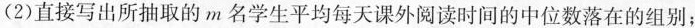
(2)直接写出所抽取的 m 名学生平均每天课外阅读时间的中位数落在的组别；